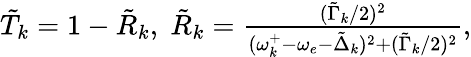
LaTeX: \begin{array}{r}{\tilde{T}_{k}=1-\tilde{R}_{k},\; \tilde{R}_{k}=\frac{(\tilde{\Gamma}_{k}/2)^{2}}{(\omega_{k}^{+}-\omega_{e}-\tilde{\Delta}_{k})^{2}+(\tilde{\Gamma}_{k}/2)^{2}},}\end{array}